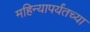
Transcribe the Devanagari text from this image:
महिन्यापर्यंतच्या